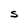
Character: S